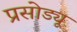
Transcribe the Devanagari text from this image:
प्रसोड्यू